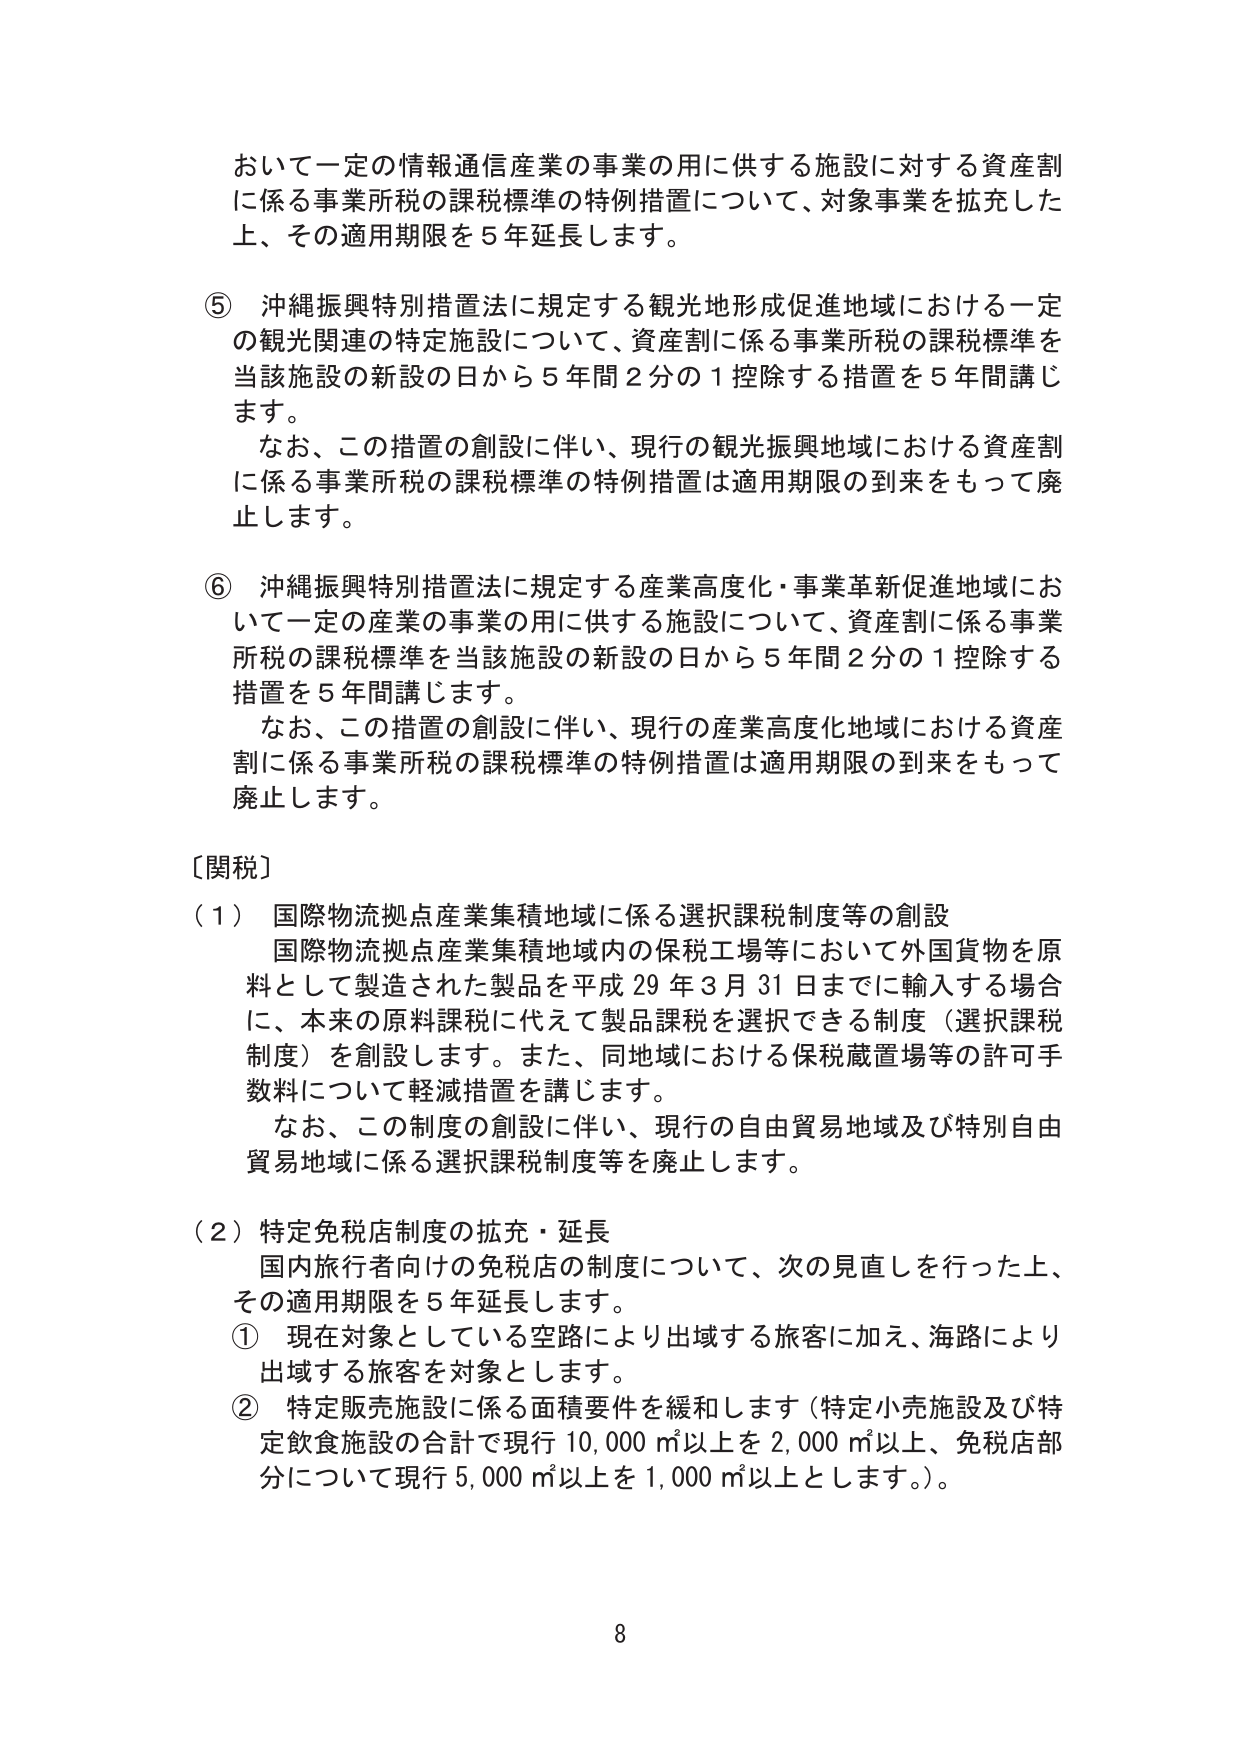
おいて一定の情報通信産業の事業の用に供する施設に対する資産割に係る事業所税の課税標準の特例措置について、対象事業を拡充した上、その適用期限を５年延長します。

⑤ 沖縄振興特別措置法に規定する観光地形成促進地域における一定の観光関連の特定施設について、資産割に係る事業所税の課税標準を当該施設の新設の日から５年間２分の１控除する措置を５年間講じます。
　なお、この措置の創設に伴い、現行の観光振興地域における資産割に係る事業所税の課税標準の特例措置は適用期限の到来をもって廃止します。

⑥ 沖縄振興特別措置法に規定する産業高度化・事業革新促進地域において一定の産業の事業の用に供する施設について、資産割に係る事業所税の課税標準を当該施設の新設の日から５年間２分の１控除する措置を５年間講じます。
　なお、この措置の創設に伴い、現行の産業高度化地域における資産割に係る事業所税の課税標準の特例措置は適用期限の到来をもって廃止します。

〔関税〕
（１） 国際物流拠点産業集積地域に係る選択課税制度等の創設
　国際物流拠点産業集積地域内の保税工場等において外国貨物を原料として製造された製品を平成29年3月31日までに輸入する場合に、本来の原料課税に代えて製品課税を選択できる制度（選択課税制度）を創設します。また、同地域における保税蔵置場等の許可手数料について軽減措置を講じます。
　なお、この制度の創設に伴い、現行の自由貿易地域及び特別自由貿易地域に係る選択課税制度等を廃止します。

（２） 特定免税店制度の拡充・延長
　国内旅行者向けの免税店の制度について、次の見直しを行った上、その適用期限を５年延長します。
　① 現在対象としている空路により出域する旅客に加え、海路により出域する旅客を対象とします。
　② 特定販売施設に係る面積要件を緩和します（特定小売施設及び特定飲食施設の合計で現行10,000㎡以上を2,000㎡以上、免税店部分について現行5,000㎡以上を1,000㎡以上とします。）。

8